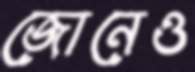
জোনেও